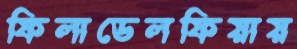
ফিলাডেলফিয়ায়